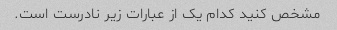
مشخص کنید کدام یک از عبارات زیر نادرست است.